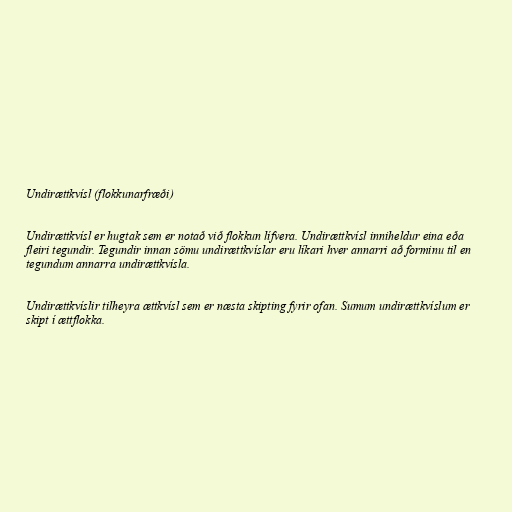
Undirættkvísl (flokkunarfræði)

Undirættkvísl er hugtak sem er notað við flokkun lífvera. Undirættkvísl inniheldur eina eða
fleiri tegundir. Tegundir innan sömu undirættkvíslar eru líkari hver annarri að forminu til en
tegundum annarra undirættkvísla.

Undirættkvíslir tilheyra ættkvísl sem er næsta skipting fyrir ofan. Sumum undirættkvíslum er
skipt í ættflokka.